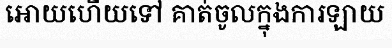
អោយហើយទៅ គាត់ចូលក្នុងការឡាយ